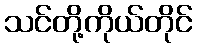
သင်တို့ကိုယ်တိုင်